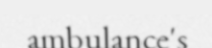
ambulance's